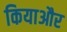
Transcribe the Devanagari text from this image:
कियाऔर